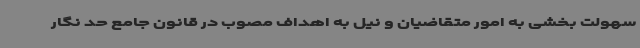
سهولت بخشی به امور متقاضیان و نیل به اهداف مصوب در قانون جامع حد نگار